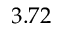
3 . 7 2